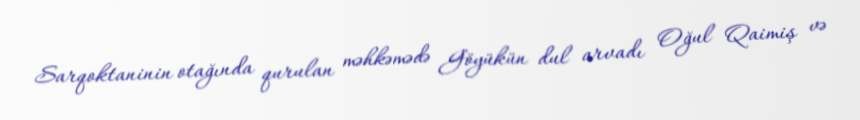
Sarqoktaninin otağında qurulan məhkəmədə Göyükün dul arvadı Oğul Qaimiş və